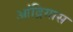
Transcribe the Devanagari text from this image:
आंद्रियास